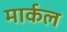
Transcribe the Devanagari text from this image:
मार्कल